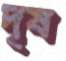
দৃষ